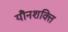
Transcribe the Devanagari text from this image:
यौनशक्ति